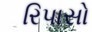
રિપાસો